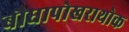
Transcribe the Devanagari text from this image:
बौघापोखराथोक